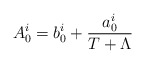
\begin{align*}A^{i}_{0}=b^{i}_{0}+\frac{a^{i}_{0}}{T+\Lambda}\end{align*}